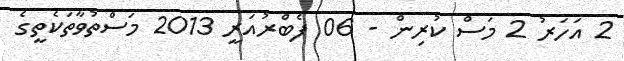
2 އަހަރު 2 މަސް ކުރިން - 06 ފެބްރުއަރީ 2013 މަސްތުވާތަކެތީގެ